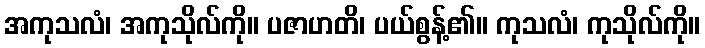
အကုသလံ၊ အကုသိုလ်ကို။ ပဇာဟတိ၊ ပယ်စွန့်၏။ ကုသလံ၊ ကုသိုလ်ကို။